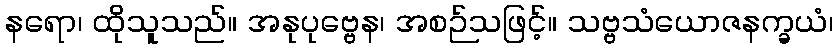
နရော၊ ထိုသူသည်။ အနုပုဗ္ဗေန၊ အစဉ်သဖြင့်။ သဗ္ဗသံယောဇနက္ခယံ၊